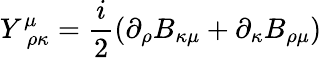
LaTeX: Y_{\, \, \rho\kappa}^{\mu}=\frac{i}{2}\left(\partial_{\rho}B_{\kappa\mu}+\partial_{\kappa}B_{\rho\mu}\right)